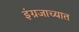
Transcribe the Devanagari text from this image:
इंग्रजाच्यात